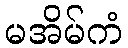
မအိမ်ကံ